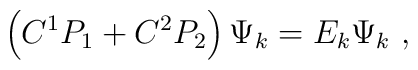
\left( C^1P_1 + C^2P_2 \right) \Psi _k = E_k \Psi _k~,